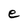
Character: e